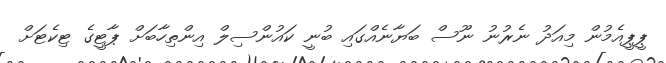
ޕީޕީއެމުން މިއަދު ނެރުނު ނޫސް ބަޔާނެއްގައި ބުނީ ކައުންސިލް އިންތިހާބަށް ޕާޓީގެ ޓިކެޓަށް